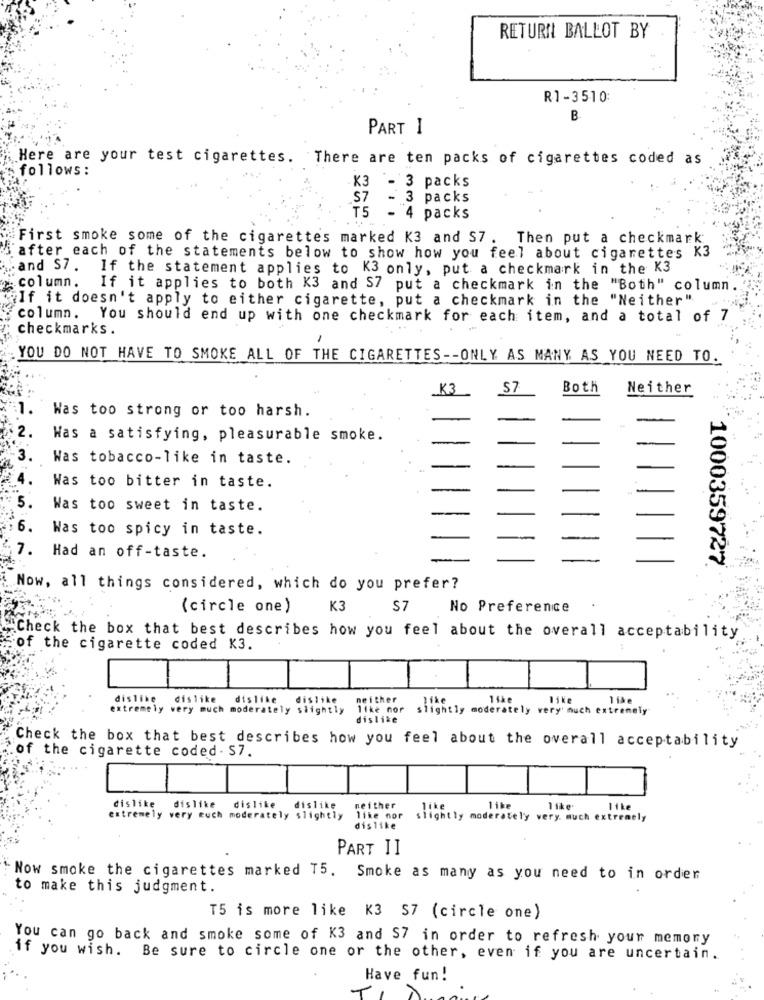
RETURN BALLOT BY
R1-3510
B
PART I
Here are your test cigarettes. There are ten packs of cigarettes coded as
follows :
K3 - 3 packs
_S7
- 3 packs
T5
- 4 packs
First smoke some of the cigarettes marked K3 and S7.
Then put a checkmark
after each of the statements below to show how you feel about cigarettes K3
and S7.
If the statement applies to K3 only, put a checkmark in the K3
.column.
If it applies to both K3 and S7 put a checkmark in the "Both" column.
If it doesn't apply to either cigarette, put a checkmark in the "Neither"
column. You should end up with one checkmark for each item, and a total of 7
checkmarks .
YOU DO NOT HAVE TO SMOKE ALL OF THE CIGARETTES -- ONLY AS MANY AS YOU NEED TO.
S7
Both
Neither
Was too strong or too harsh.
Was a satisfying, pleasurable smoke.
Was tobacco-like in taste.
Was too bitter in taste.
5.
Was too sweet in taste.
6.
Was too spicy in taste.
7.
Had an off-taste.
1000359727
Now, all things considered, which do you prefer?
(circle one)
K3
S7
No Preference
.
"Check the box that best describes how you feel about the overall acceptability
of the cigarette coded K3.
dislike
dislike dislike
dislike
neither
like
like
extremely very much moderately slightly
like nor
slightly moderately very much extremely
dislike
of the cigarette coded . S7.
Check the box that best describes how you feel about the overall acceptability
dislike dislike
dislike
dislike
neither
like
like
extremely very euch moderately slightly
like nor
slightly moderately very much extremely
dislike
PART II
Now smoke the cigarettes marked T5. Smoke as many as you need to in order
to make this judgment.
T5 is more like K3 $7 (circle one)
You can go back and smoke some of K3 and S7 in order to refresh your memory
if you wish. Be sure to circle one or the other, even if you are uncertain.
Have fun!